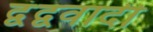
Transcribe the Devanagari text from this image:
द्वंद्ववादी